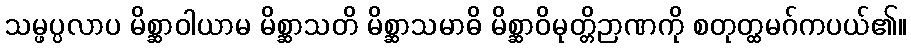
သမ္ဖပ္ပလာပ မိစ္ဆာဝါယာမ မိစ္ဆာသတိ မိစ္ဆာသမာဓိ မိစ္ဆာဝိမုတ္တိဉာဏကို စတုတ္ထမဂ်ကပယ်၏။